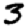
Digit: 3